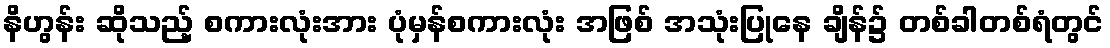
နိဟွန်း ဆိုသည့် စကားလုံးအား ပုံမှန်စကားလုံး အဖြစ် အသုံးပြုနေ ချိန်၌ တစ်ခါတစ်ရံတွင်